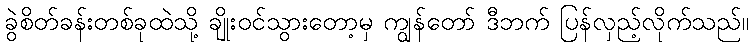
ခွဲစိတ်ခန်းတစ်ခုထဲသို့ ချိုးဝင်သွားတော့မှ ကျွန်တော် ဒီဘက် ပြန်လှည့်လိုက်သည်။